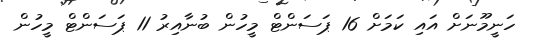
ހަނީމޫނަށް އައި ކަމަށް 16 ޕަސަންޓް މީހުން ބުނާއިރު 11 ޕަސަންޓް މީހުން